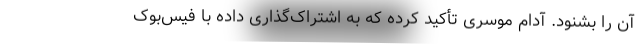
آن را بشنود. آدام موسری تأکید کرده که به اشتراک‌گذاری داده با فیس‌بوک